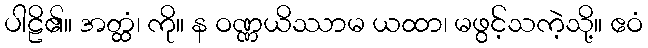
ပါဠိ၏။ အတ္ထံ၊ ကို။ န ဝဏ္ဏယိဿာမ ယထာ၊ မဖွင့်သကဲ့သို့။ ဧဝံ